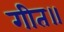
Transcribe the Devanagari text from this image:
गीत॥